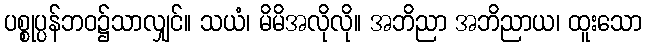
ပစ္စုပ္ပန်ဘဝ၌သာလျှင်။ သယံ၊ မိမိအလိုလို။ အဘိညာ အဘိညာယ၊ ထူးသော